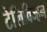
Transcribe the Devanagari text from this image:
टेलिविज्हन